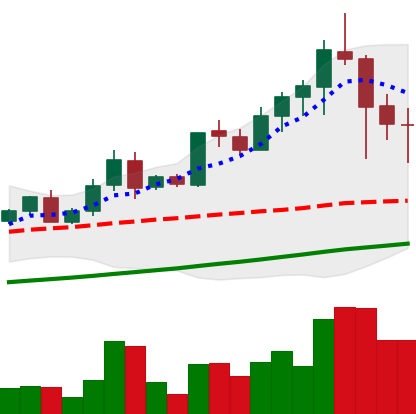
Ticker: LTC-USD
Chart end date: 2021-04-20
Forward return: -14.298%
Label: down_7plus